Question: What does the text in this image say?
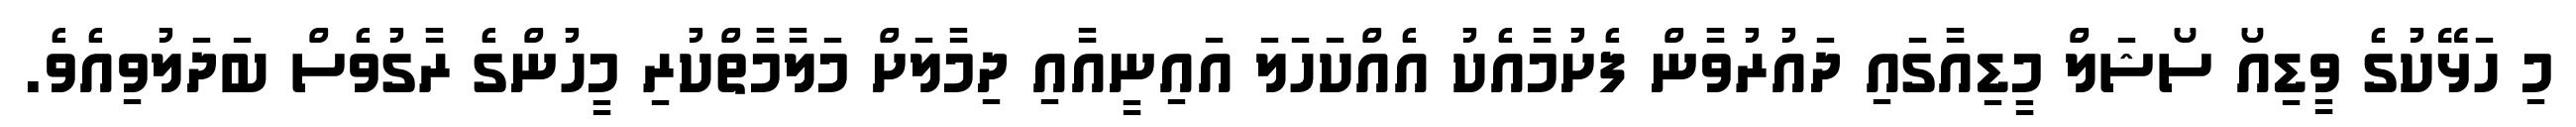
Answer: މި ހަޅޭކުގެ ވީޑިއޯ ސޯޝަލް މީޑިއާގައި ދައުރުވާން ފެށުމާއެކު އެއްކަހަލަ އައިނީއާއި ދިމާލަށް މަލާމާތްކުރި މީހުންގެ ރާގުވެސް ބަދަލުވިއެވެ.